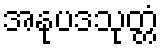
အနုပဒသုတ္တံ